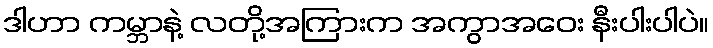
ဒါဟာ ကမ္ဘာနဲ့ လတို့အကြားက အကွာအဝေး နီးပါးပါပဲ။